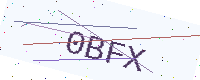
Text: 0BFX